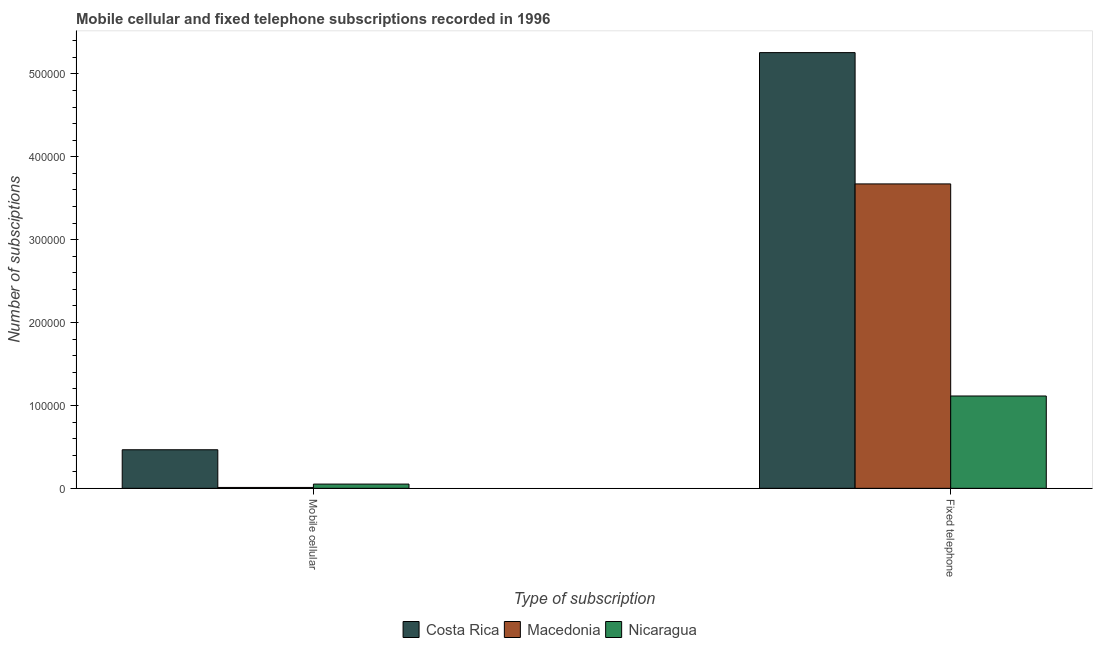
| Type of subscription | Costa Rica | Macedonia | Nicaragua |
 | --- | --- | --- | --- |
 | Mobile cellular | 4.65e+04 | 1.06e+03 | 5.1e+03 |
 | Fixed telephone | 5.26e+05 | 3.67e+05 | 1.11e+05 |